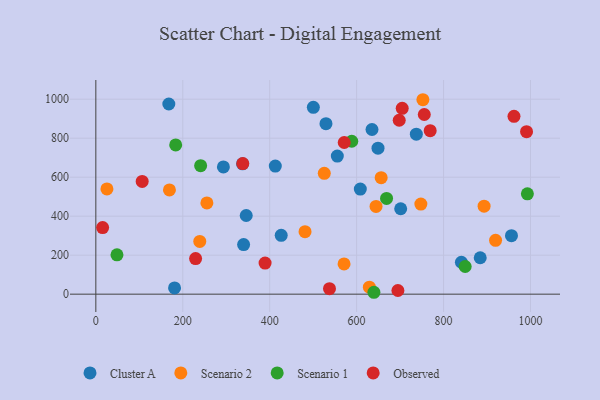
{"axis": {"x": "Ad Spend", "y": "Salary"}, "legend": ["Cluster A", "Observed", "Scenario 1", "Scenario 2"], "data": [{"x": "737.4", "y": 820.8, "type": "Cluster A"}, {"x": "337.5", "y": 668.3, "type": "Cluster A"}, {"x": "841.1", "y": 163.6, "type": "Cluster A"}, {"x": "500.4", "y": 958.3, "type": "Cluster A"}, {"x": "340.0", "y": 254.1, "type": "Cluster A"}, {"x": "649.2", "y": 748.7, "type": "Cluster A"}, {"x": "608.5", "y": 539.1, "type": "Cluster A"}, {"x": "181.1", "y": 32.1, "type": "Cluster A"}, {"x": "167.9", "y": 975.4, "type": "Cluster A"}, {"x": "635.4", "y": 844.6, "type": "Cluster A"}, {"x": "426.5", "y": 301.8, "type": "Cluster A"}, {"x": "412.9", "y": 657.2, "type": "Cluster A"}, {"x": "529.5", "y": 874.5, "type": "Cluster A"}, {"x": "884.4", "y": 186.8, "type": "Cluster A"}, {"x": "555.6", "y": 708.1, "type": "Cluster A"}, {"x": "956.3", "y": 299.8, "type": "Cluster A"}, {"x": "346.0", "y": 403.4, "type": "Cluster A"}, {"x": "293.5", "y": 652.7, "type": "Cluster A"}, {"x": "701.4", "y": 438.2, "type": "Cluster A"}, {"x": "747.8", "y": 462.1, "type": "Scenario 2"}, {"x": "525.6", "y": 620.0, "type": "Scenario 2"}, {"x": "481.3", "y": 320.6, "type": "Scenario 2"}, {"x": "919.7", "y": 276.2, "type": "Scenario 2"}, {"x": "169.3", "y": 534.7, "type": "Scenario 2"}, {"x": "239.1", "y": 270.3, "type": "Scenario 2"}, {"x": "571.1", "y": 155.0, "type": "Scenario 2"}, {"x": "255.5", "y": 468.1, "type": "Scenario 2"}, {"x": "752.5", "y": 997.3, "type": "Scenario 2"}, {"x": "656.5", "y": 597.3, "type": "Scenario 2"}, {"x": "25.5", "y": 539.6, "type": "Scenario 2"}, {"x": "644.7", "y": 450.2, "type": "Scenario 2"}, {"x": "893.3", "y": 451.3, "type": "Scenario 2"}, {"x": "629.4", "y": 36.0, "type": "Scenario 2"}, {"x": "588.8", "y": 784.4, "type": "Scenario 1"}, {"x": "668.9", "y": 491.1, "type": "Scenario 1"}, {"x": "48.6", "y": 201.6, "type": "Scenario 1"}, {"x": "639.8", "y": 9.7, "type": "Scenario 1"}, {"x": "849.8", "y": 141.9, "type": "Scenario 1"}, {"x": "992.9", "y": 514.9, "type": "Scenario 1"}, {"x": "183.7", "y": 765.5, "type": "Scenario 1"}, {"x": "241.1", "y": 658.9, "type": "Scenario 1"}, {"x": "106.6", "y": 578.4, "type": "Observed"}, {"x": "338.1", "y": 669.7, "type": "Observed"}, {"x": "389.4", "y": 159.5, "type": "Observed"}, {"x": "769.3", "y": 838.3, "type": "Observed"}, {"x": "698.0", "y": 892.0, "type": "Observed"}, {"x": "962.1", "y": 912.2, "type": "Observed"}, {"x": "15.6", "y": 341.8, "type": "Observed"}, {"x": "571.5", "y": 777.9, "type": "Observed"}, {"x": "755.7", "y": 921.4, "type": "Observed"}, {"x": "695.0", "y": 18.7, "type": "Observed"}, {"x": "229.5", "y": 182.8, "type": "Observed"}, {"x": "704.9", "y": 953.4, "type": "Observed"}, {"x": "537.6", "y": 28.1, "type": "Observed"}, {"x": "991.0", "y": 833.5, "type": "Observed"}]}